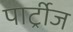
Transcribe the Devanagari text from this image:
पार्ट्रीज